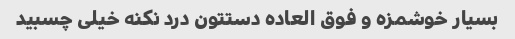
بسیار خوشمزه و فوق العاده دستتون درد نکنه خیلی چسبید